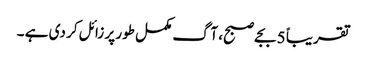
تقریباً 5 بجے صبح، آگ مکمل طور پر زائل کر دی ہے ۔